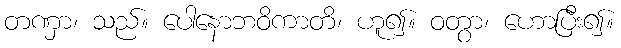
တဏှာ၊ သည်။ ပေါနောဘဝိကာတိ၊ ဟူ၍။ ဝတွာ၊ ဟောပြီး၍။